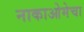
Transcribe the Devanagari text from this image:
नाकाओमेचा